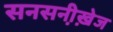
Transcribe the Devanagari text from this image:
सनसनी़खे़ज